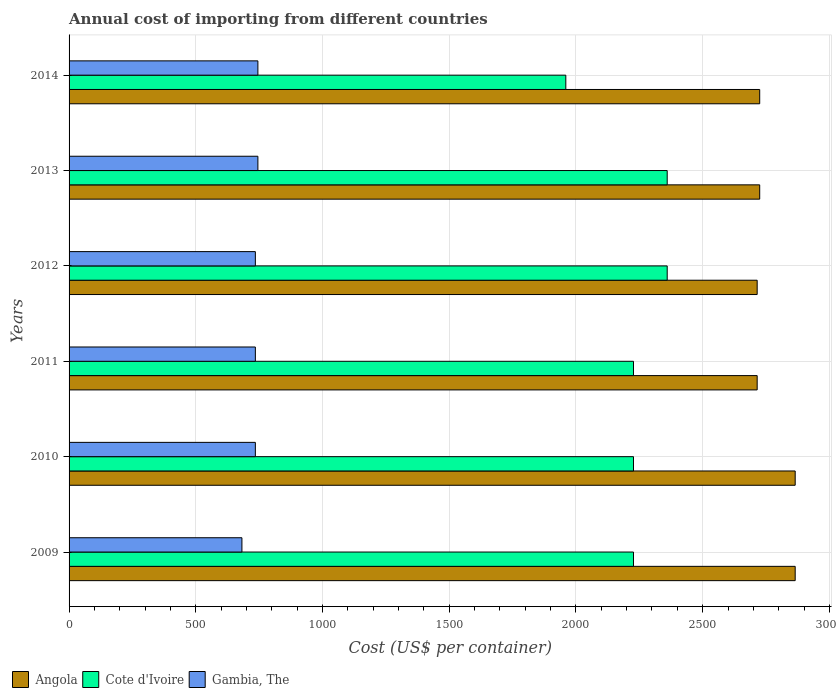
| Years | Angola | Cote d'Ivoire | Gambia, The |
 | --- | --- | --- | --- |
 | 2009 | 2.86e+03 | 2.23e+03 | 682 |
 | 2010 | 2.86e+03 | 2.23e+03 | 735 |
 | 2011 | 2.72e+03 | 2.23e+03 | 735 |
 | 2012 | 2.72e+03 | 2.36e+03 | 735 |
 | 2013 | 2.72e+03 | 2.36e+03 | 745 |
 | 2014 | 2.72e+03 | 1.96e+03 | 745 |